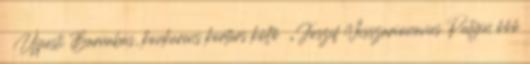
Újpesti Barnabás, konkurens kortárs költő „Joszif Visszarionovics Putyin őőő